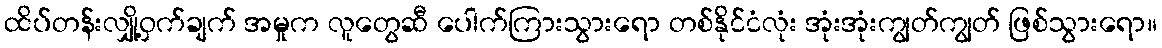
ထိပ်တန်းလျှို့ဝှက်ချက် အမှုက လူတွေဆီ ပေါက်ကြားသွားရော တစ်နိုင်ငံလုံး အုံးအုံးကျွတ်ကျွတ် ဖြစ်သွားရော။